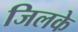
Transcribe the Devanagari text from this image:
जिलके